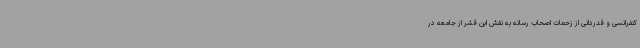
کنفرانسی و قدردانی از زحمات اصحاب رسانه به نقش این قشر از جامعه در